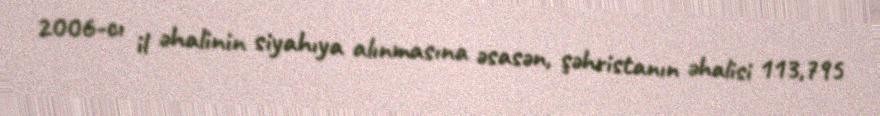
2006-cı il əhalinin siyahıya alınmasına əsasən, şəhristanın əhalisi 113,795